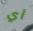
أي